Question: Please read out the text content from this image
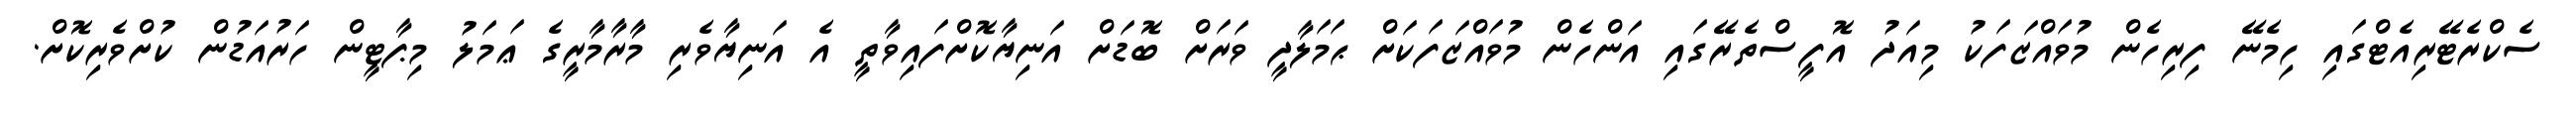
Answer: ސެކްރެޓޭރިއެޓްގައި ހިމެނޭ ފިރިހެން މުވައްޒަފަކު މިއަދު އޮފީސްތެރޭގައި އަންހެން މުވައްޒަފަކަށް ޙަމަލާދީ ވަރަށް ބޮޑަށް އަނިޔާކޮށްފައިވާތީ އެ އަނިޔާވެރި މާރާމާރީގެ ޢަމަލު މިޕާޓީން ހަރުއަޑުން ކުށްވެރިކޮށް.